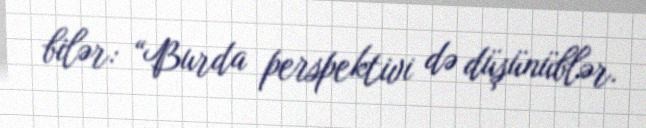
bilər: “Burda perspektivi də düşünüblər.